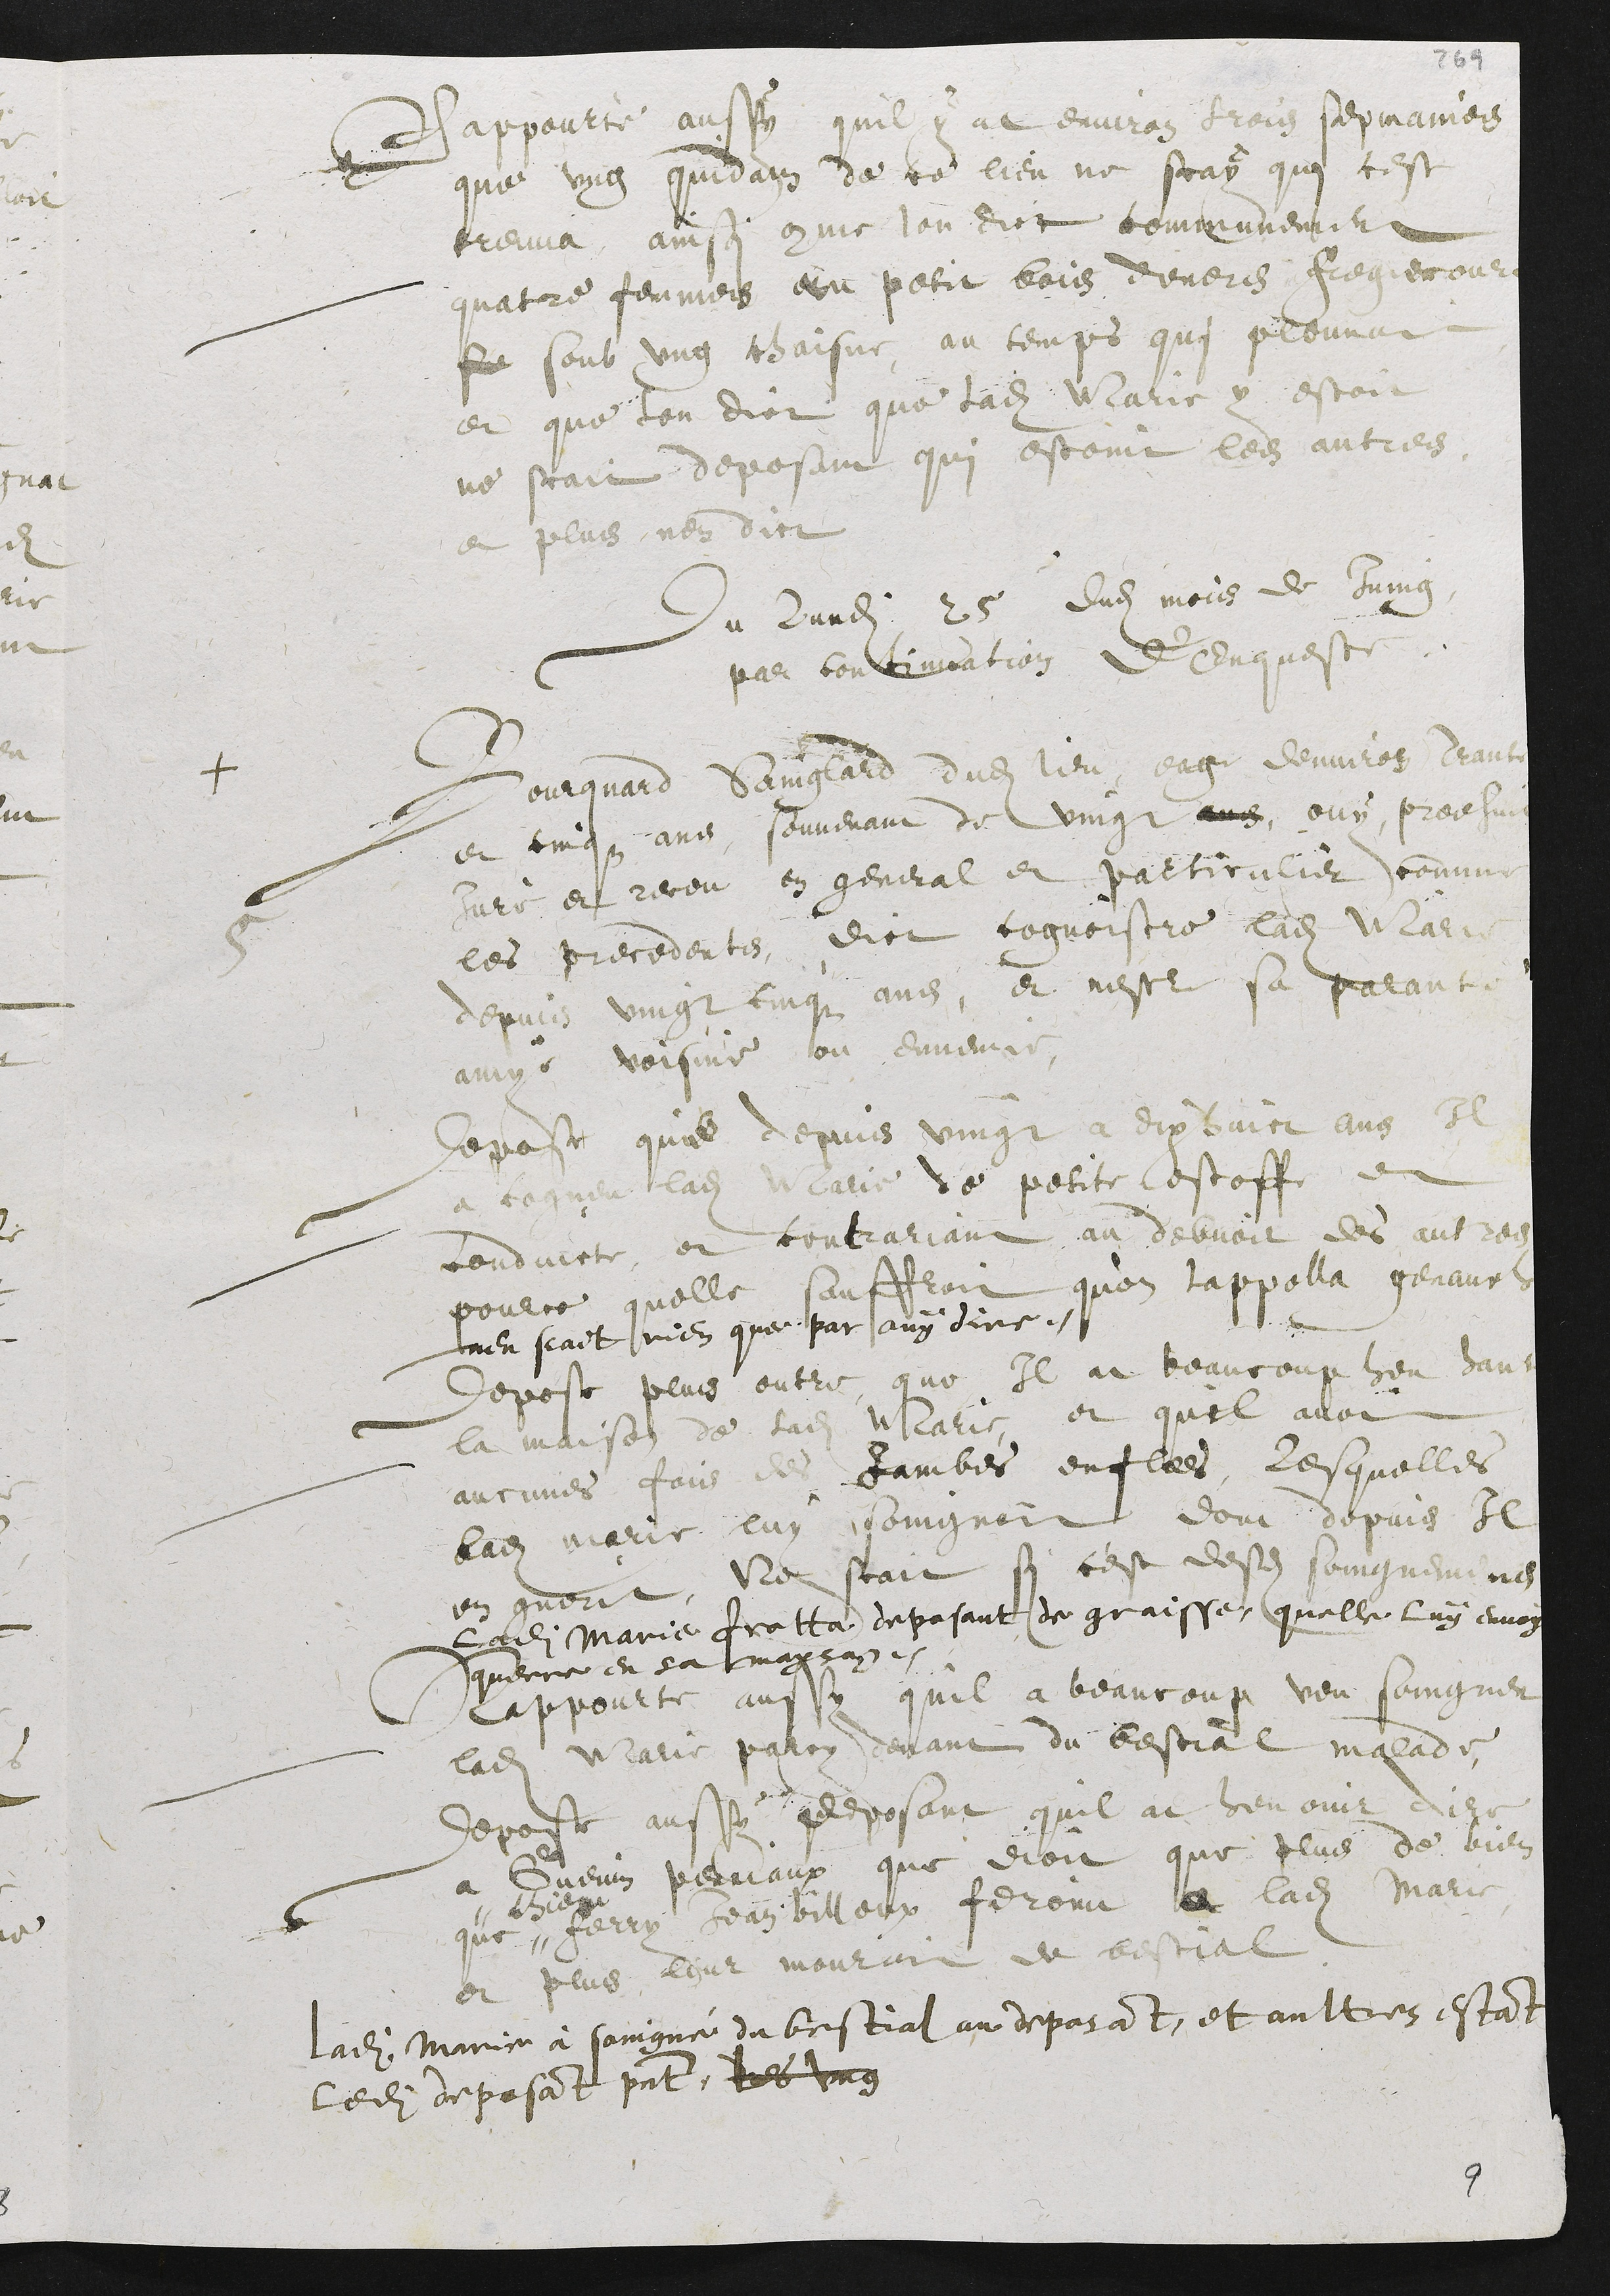
Rappourte ausÿi quil ÿ at environ trois sepmaines
que ung quidam de ce lieu ne scaÿ qui cest
treuva ainsi comme lon dict communement
quatre femmes au petit bois devens Fregiecour
se soub ung chaisne, au temps qui pleuvait
et que lon dict que ladite Marie y estoit
ne scait deposant qui estoint les autres.
et plus nen dict
Du Lundi 25 dudit mois de Juing,
Par continuation d’enqueste.
+ Bourquard Sainglard dudit lieu, eage denviron trante
et cinqs ans, souvenant de vingt ans, ouÿ, prodhuit
jurè et receu en general et particulier comme
les precedents, dict cognoistre ladite Marie
5
depuis vingt cinqs ans, et nestre sa parante
amÿe voisine ou ennemie.
Depose que depuis vingt a dix huict ans Il
a cogneu ladite Marie de petite estoffe en
conduicte, et contrariant au debvoir des autres
pource quelle soustenoit qu’on lapella genauch
nen scait rien que par ouÿ dire.
Depose plus outre que il at beaucoup heu dans
la maison de ladite Marie, et quil avoit
aucunes fois de jambes enflees, lesquelles
ladite Marie luÿ soingnoit dont depuis Il
en guerit, ne scait si c’est desdits soingnemens
Ladite marie frotta deposant de graisse, quelle luÿ envoÿ
querre en sa mayson.
Rapourte aussy quil a beaucoup veu soingner
ladite Marie parcy devant du bestial malade,
depose aussÿ deposant quil at heu ouir dire
a Guenin Perrieaux que dioit que plus de bien
que
" vieux
" ferry Jean Billeux feroint a ladite marie
et plus leur mouroit de bestial.
Ladite marie à soingné du bestial au deposant, et aultres estant
Ledit deposant present. vues ung